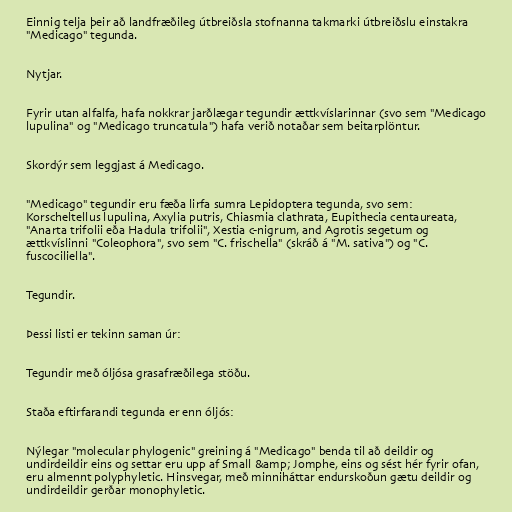
Einnig telja þeir að landfræðileg útbreiðsla stofnanna takmarki útbreiðslu einstakra
"Medicago" tegunda.

Nytjar.

Fyrir utan alfalfa, hafa nokkrar jarðlægar tegundir ættkvíslarinnar (svo sem "Medicago
lupulina" og "Medicago truncatula") hafa verið notaðar sem beitarplöntur.

Skordýr sem leggjast á Medicago.

"Medicago" tegundir eru fæða lirfa sumra Lepidoptera tegunda, svo sem:
Korscheltellus lupulina, Axylia putris, Chiasmia clathrata, Eupithecia centaureata,
"Anarta trifolii eða Hadula trifolii", Xestia c-nigrum, and Agrotis segetum og
ættkvíslinni "Coleophora", svo sem "C. frischella" (skráð á "M. sativa") og "C.
fuscociliella".

Tegundir.

Þessi listi er tekinn saman úr:

Tegundir með óljósa grasafræðilega stöðu.

Staða eftirfarandi tegunda er enn óljós:

Nýlegar "molecular phylogenic" greining á "Medicago" benda til að deildir og
undirdeildir eins og settar eru upp af Small &amp; Jomphe, eins og sést hér fyrir ofan,
eru almennt polyphyletic. Hinsvegar, með minniháttar endurskoðun gætu deildir og
undirdeildir gerðar monophyletic.